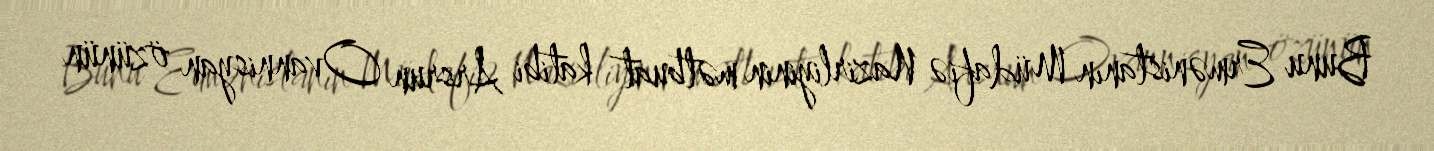
Bunu Ermənistanın Müdafiə Nazirliyinin mətbuat katibi Arsrun Ovannisyan özünün